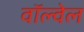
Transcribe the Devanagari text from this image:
वॉल्वेल